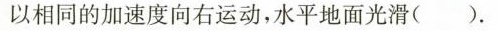
以相同的加速度向右运动，水平地面光滑()。